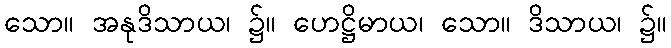
သော။ အနုဒိသာယ၊ ၌။ ဟေဋ္ဌိမာယ၊ သော။ ဒိသာယ၊ ၌။